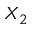
X _ { 2 }